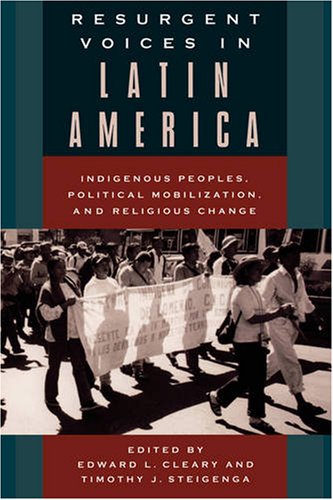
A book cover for Resurgent Voices in Latin America: Indigenous Peoples, Political Mobilization, and Religious Change; Timothy Steigenga; Law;